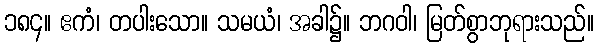
၁၈၄။ ဧကံ၊ တပါးသော။ သမယံ၊ အခါ၌။ ဘဂဝါ၊ မြတ်စွာဘုရားသည်။